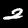
Digit: 2